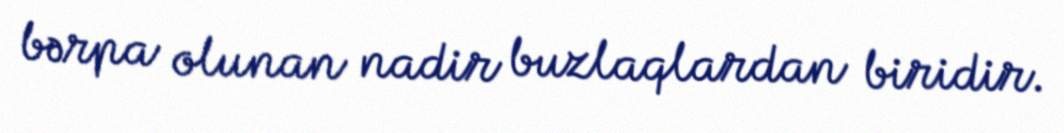
bərpa olunan nadir buzlaqlardan biridir.